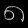
Digit: ၈